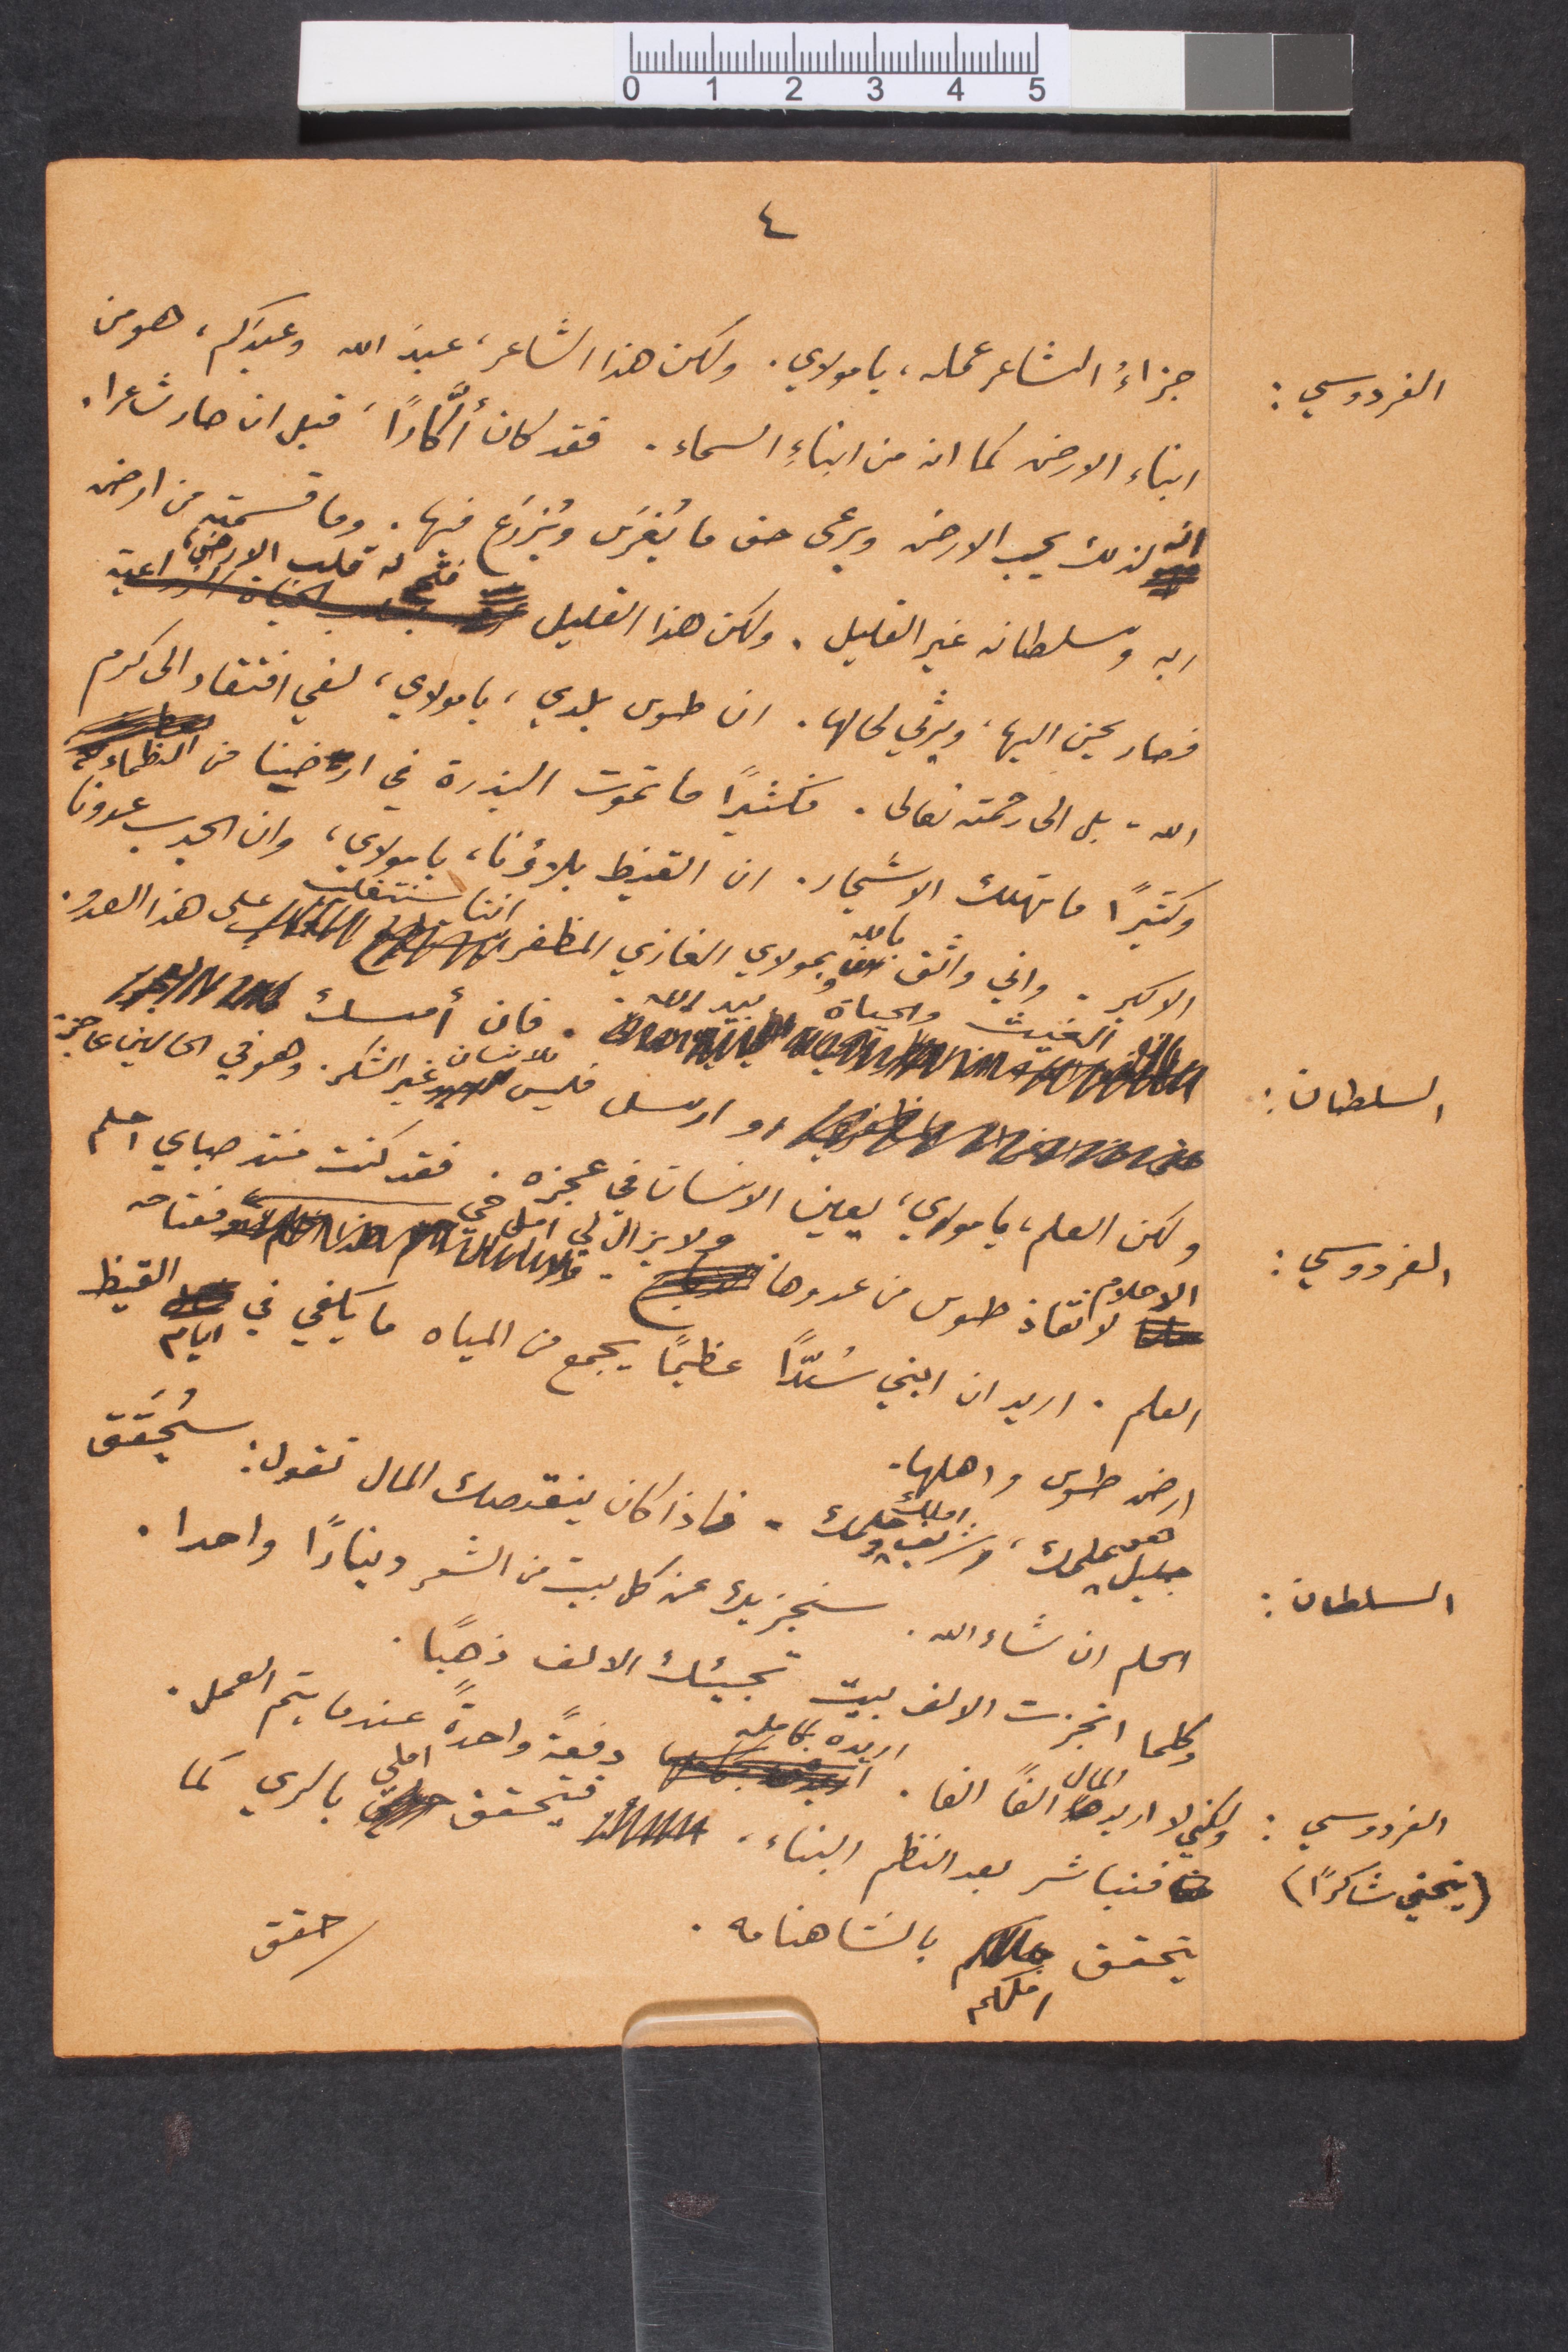
الفردوسي:
جزاء الشاعر عمله، يا مولاي، ولكن هذا الشاعر، عبد الله وعبدكم، هو من
أبناء الأرض كما انه من أبناء السماء. فقد كان من أكّارًا، قبل أن صار شاعرًا.
انه لذلك يحب الأرض ويرعى حق ما يُغرس ويُزرع فيها. وما قسمته من ارض
ربه وسلطانه غير القليل. ولكن هذا القليل فتح له قلب الأرض
فصار يحنّ اليها ويرثي لي لها. ان طوى بلدي ، يا مولاي، لفي افتقاد الى كرم
الله بل الى رحمته تعالى. فكثيرًا ما تموت البذرة في ارضنا من الظماء
وكثيرًا ما تهلك الأشجار. ان الفيظ بلاؤنا، يا مولاي، وان الجدب عدونا،
الأكبر، واني واثق بالله وبمولاي الغازي اننا سنتغلب على هذا العدو.
فان أمسك
السلطان:
او ارسل فليس للإنسان غير الشكر. وهو في الحالين على حزم
ولكن العلم يا مولاي يعين الانسان في عجزه. فقد كنت في صباي احلم
الفردوسي:
الاحلام.
علوم لإنقاذ طوس من عدوها
العلم. اريد ان ابني سُدًّا عظيمًا يجمع من المياه ما يكفي في أيام القيظ
ارض طوس وأهلها
جليل هو علمك املك وشريف املك وحلمك. فإذا كان ينقصك المال تقول: سيحقق
السلطان:
اعلم ان شاء الله. سنجزيك عن كل بيت من الشعر دينارًا واحدًا.
وكلما أنجزت الالف بيت تجيئك الألف ذهبًا.
ولكني لا اريد المال الفًا ألفا. اريده كامل دفعة واحدة عندما يتم العمل.
الفردوسي:
حقق
(ينحني شاكرًا)
فنباشر بعد النظم البناء. فيتحقق املي بالري كما
يتحقق بالشاهنامة
املكم